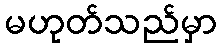
မဟုတ်သည်မှာ